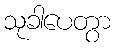
သုခါပေတွာ